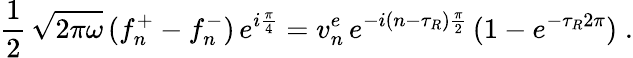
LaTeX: \frac{1}{2}\, \sqrt{2\pi\omega}\, (f_{n}^{+}-f_{n}^{-})\, e^{i{\frac{\pi}{4}}}=v_{n}^{e}\, e^{-i(n-\tau_{R}){\frac{\pi}{2}}}\, (1-e^{-\tau_{R}2\pi})\; .